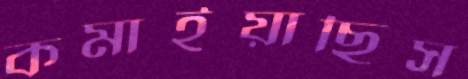
কমাইয়াছিস